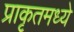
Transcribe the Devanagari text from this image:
प्राकृतमध्ये